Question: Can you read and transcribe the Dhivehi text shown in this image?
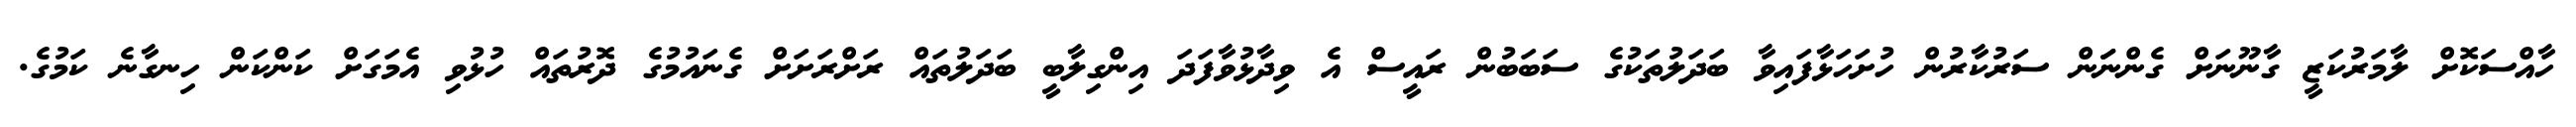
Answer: ހާއްސަކޮށް ލާމަރުކަޒީ ގާނޫނަށް ގެންނަަން ސަރުކާރުން ހުށަހަޅާފައިވާ ބަދަލުތަކުގެ ސަބަބުން ރައީސް އެ ވިދާޅުވާފަދަ އިންގިލާބީ ބަދަލުތައް ރަށްރަށަށް ގެނައުމުގެ ދޮރުތައް ހުޅުވި އެމަގަށް ކަންކަން ހިނގާނެ ކަމުގެ.